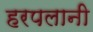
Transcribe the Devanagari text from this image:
हरपलानी